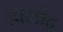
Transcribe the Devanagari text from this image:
डीलीट